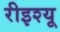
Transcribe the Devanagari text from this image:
रीइश्यू